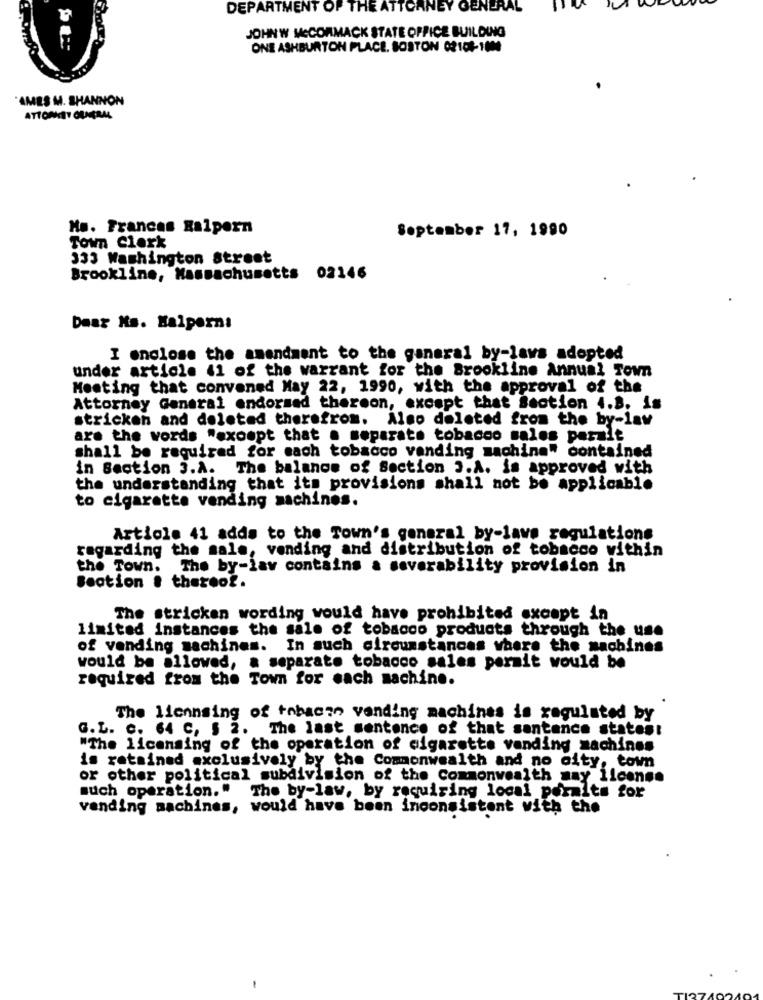
DEPARTMENT OF THE ATTORNEY GENERAL
JOHNW MCCORMACK STATE OFFICE BUILDING
ONE ASHBURTON PLACE. BOSTON 02108-100
"AMES M. SHANNON
ATTORNEY GENERAL
Ms. Frances Ralpern
September 17, 1990
Town Clerk
333 Washington Street
Brookline, Massachusetts 02146
Daar Ns. Halperna
I enclose the amendment to the ganaral by-laws adopted
under article 41 of the warrant for the Brookline Annual Town
Meeting that convened May 22, 1990, with the approval of the
Attorney General endorsed thereon, except that Section 1.8. is
stricken and deleted therefrom. Also deleted from the by-law
are the words "except that a separate tobacco sales paralt
shall be required for mach tobacco vending machine" contained
in Section 3.A. The balance of Section J.A. is approved with
the understanding that its provisions shall not be applicable
to cigarette vending machines.
Article 41 adds to the Town's general by-lave regulations
regarding the sale, vending and distribution of tobacco within
the Town. The by-lav contains a severability provision in
Section . thereof.
The stricken wording would have prohibited except in
limited instances the sale of tobacco products through the use
of vending machines. In such circumstances where the machines
would be allowed, a separate tobacco sales permit would be
required from the Town for mach machine.
The liennsing of tobacco vending machines is regulated by
G.L. C. 64 C, $ 2. The last sentence of that sentance states!
"The licensing of the operation of cigarette vending machines
is retained exclusively by the Commonwealth and no city, town
or other political subdivision of the Commonwealth may license
much operation."
The by-law, by requiring local pormlts for
vending machines, would have been inconsistent with the